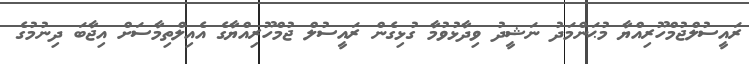
ރައީސުލްޖުމްހޫރިއްޔާ މުޙަންމަދު ނަޝީދު ވިދާޅުވުމާ ގުޅިގެން ރައީސުލް ޖުމްހޫރިއްޔާގެ އެއިލްތިމާސަށް އިޖާބަ ދިނުމުގެ